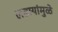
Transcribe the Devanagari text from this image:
लढायांमुळे